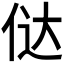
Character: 𠉂